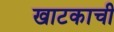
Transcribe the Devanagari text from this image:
खाटकाची